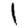
Digit: 1